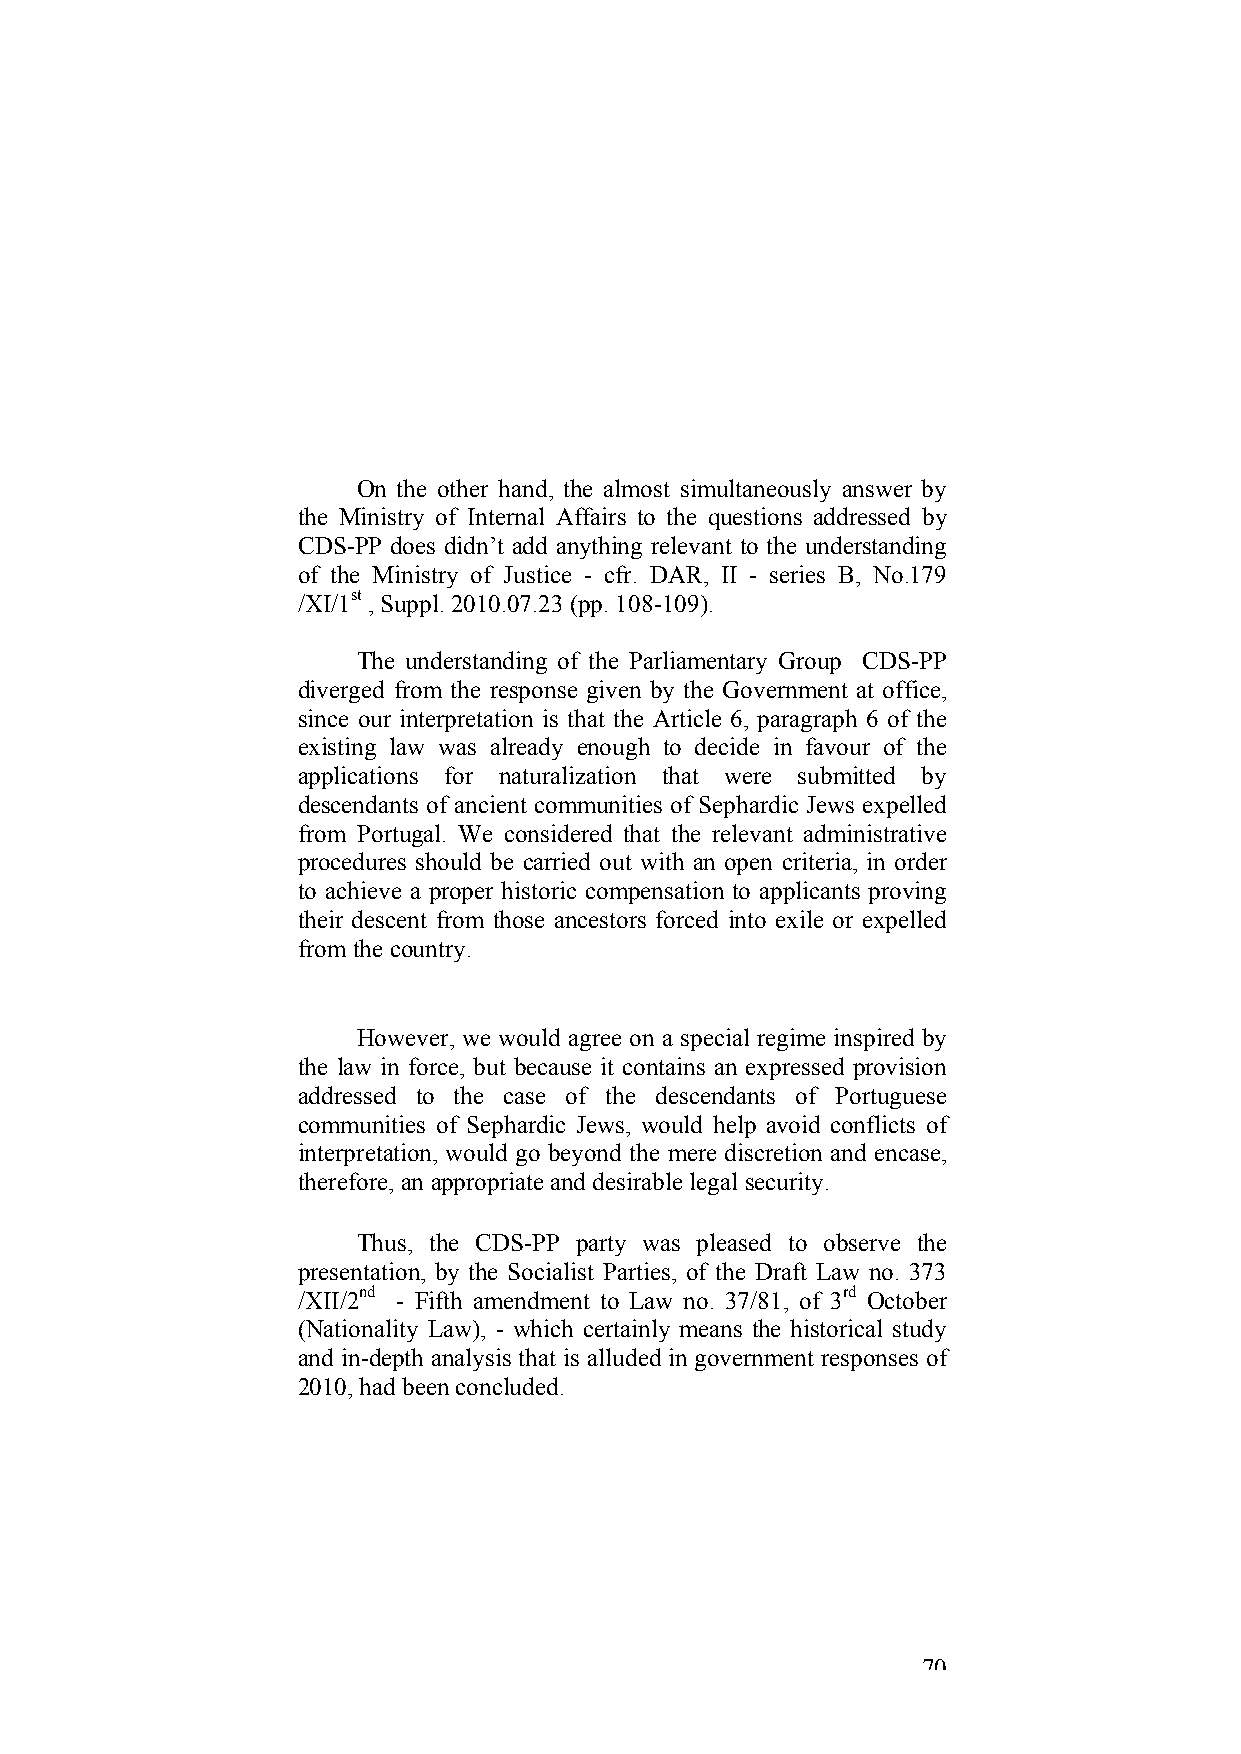
On the other hand, the almost simultaneously answer by
 the Ministry of Internal Affairs to the questions addressed by
 CDS-PP does didn’t add anything relevant to the understanding
 of the Ministry of Justice - cfr. DAR, II - series B, No.179
 /XI/1st , Suppl. 2010.07.23 (pp. 108-109).
 The understanding of the Parliamentary Group CDS-PP
 diverged from the response given by the Government at office,
 since our interpretation is that the Article 6, paragraph 6 of the
 existing law was already enough to decide in favour of the
 applications for naturalization that were submitted by
 descendants of ancient communities of Sephardic Jews expelled
 from Portugal. We considered that the relevant administrative
 procedures should be carried out with an open criteria, in order
 to achieve a proper historic compensation to applicants proving
 their descent from those ancestors forced into exile or expelled
 from the country.
 However, we would agree on a special regime inspired by
 the law in force, but because it contains an expressed provision
 addressed to the case of the descendants of Portuguese
 communities of Sephardic Jews, would help avoid conflicts of
 interpretation, would go beyond the mere discretion and encase,
 therefore, an appropriate and desirable legal security.
 Thus, the CDS-PP party was pleased to observe the
 presentation, by the Socialist Parties, of the Draft Law no. 373
 /XII/2nd - Fifth amendment to Law no. 37/81, of 3rd October
 (Nationality Law), - which certainly means the historical study
 and in-depth analysis that is alluded in government responses of
 2010, had been concluded.
 70